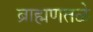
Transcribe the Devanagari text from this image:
ब्राह्मणतळे